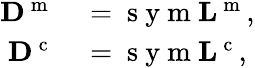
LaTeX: \begin{array}{rl}{{\mathbf D}^{\mathrm{~m~}}}&{{}=\mathrm{~s~y~m~}{\mathbf L}^{\mathrm{~m~}},}\\ {{\mathbf D}^{\mathrm{~c~}}}&{{}=\mathrm{~s~y~m~}{\mathbf L}^{\mathrm{~c~}},}\end{array}